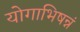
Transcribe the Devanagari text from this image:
योगाभिषन्नं